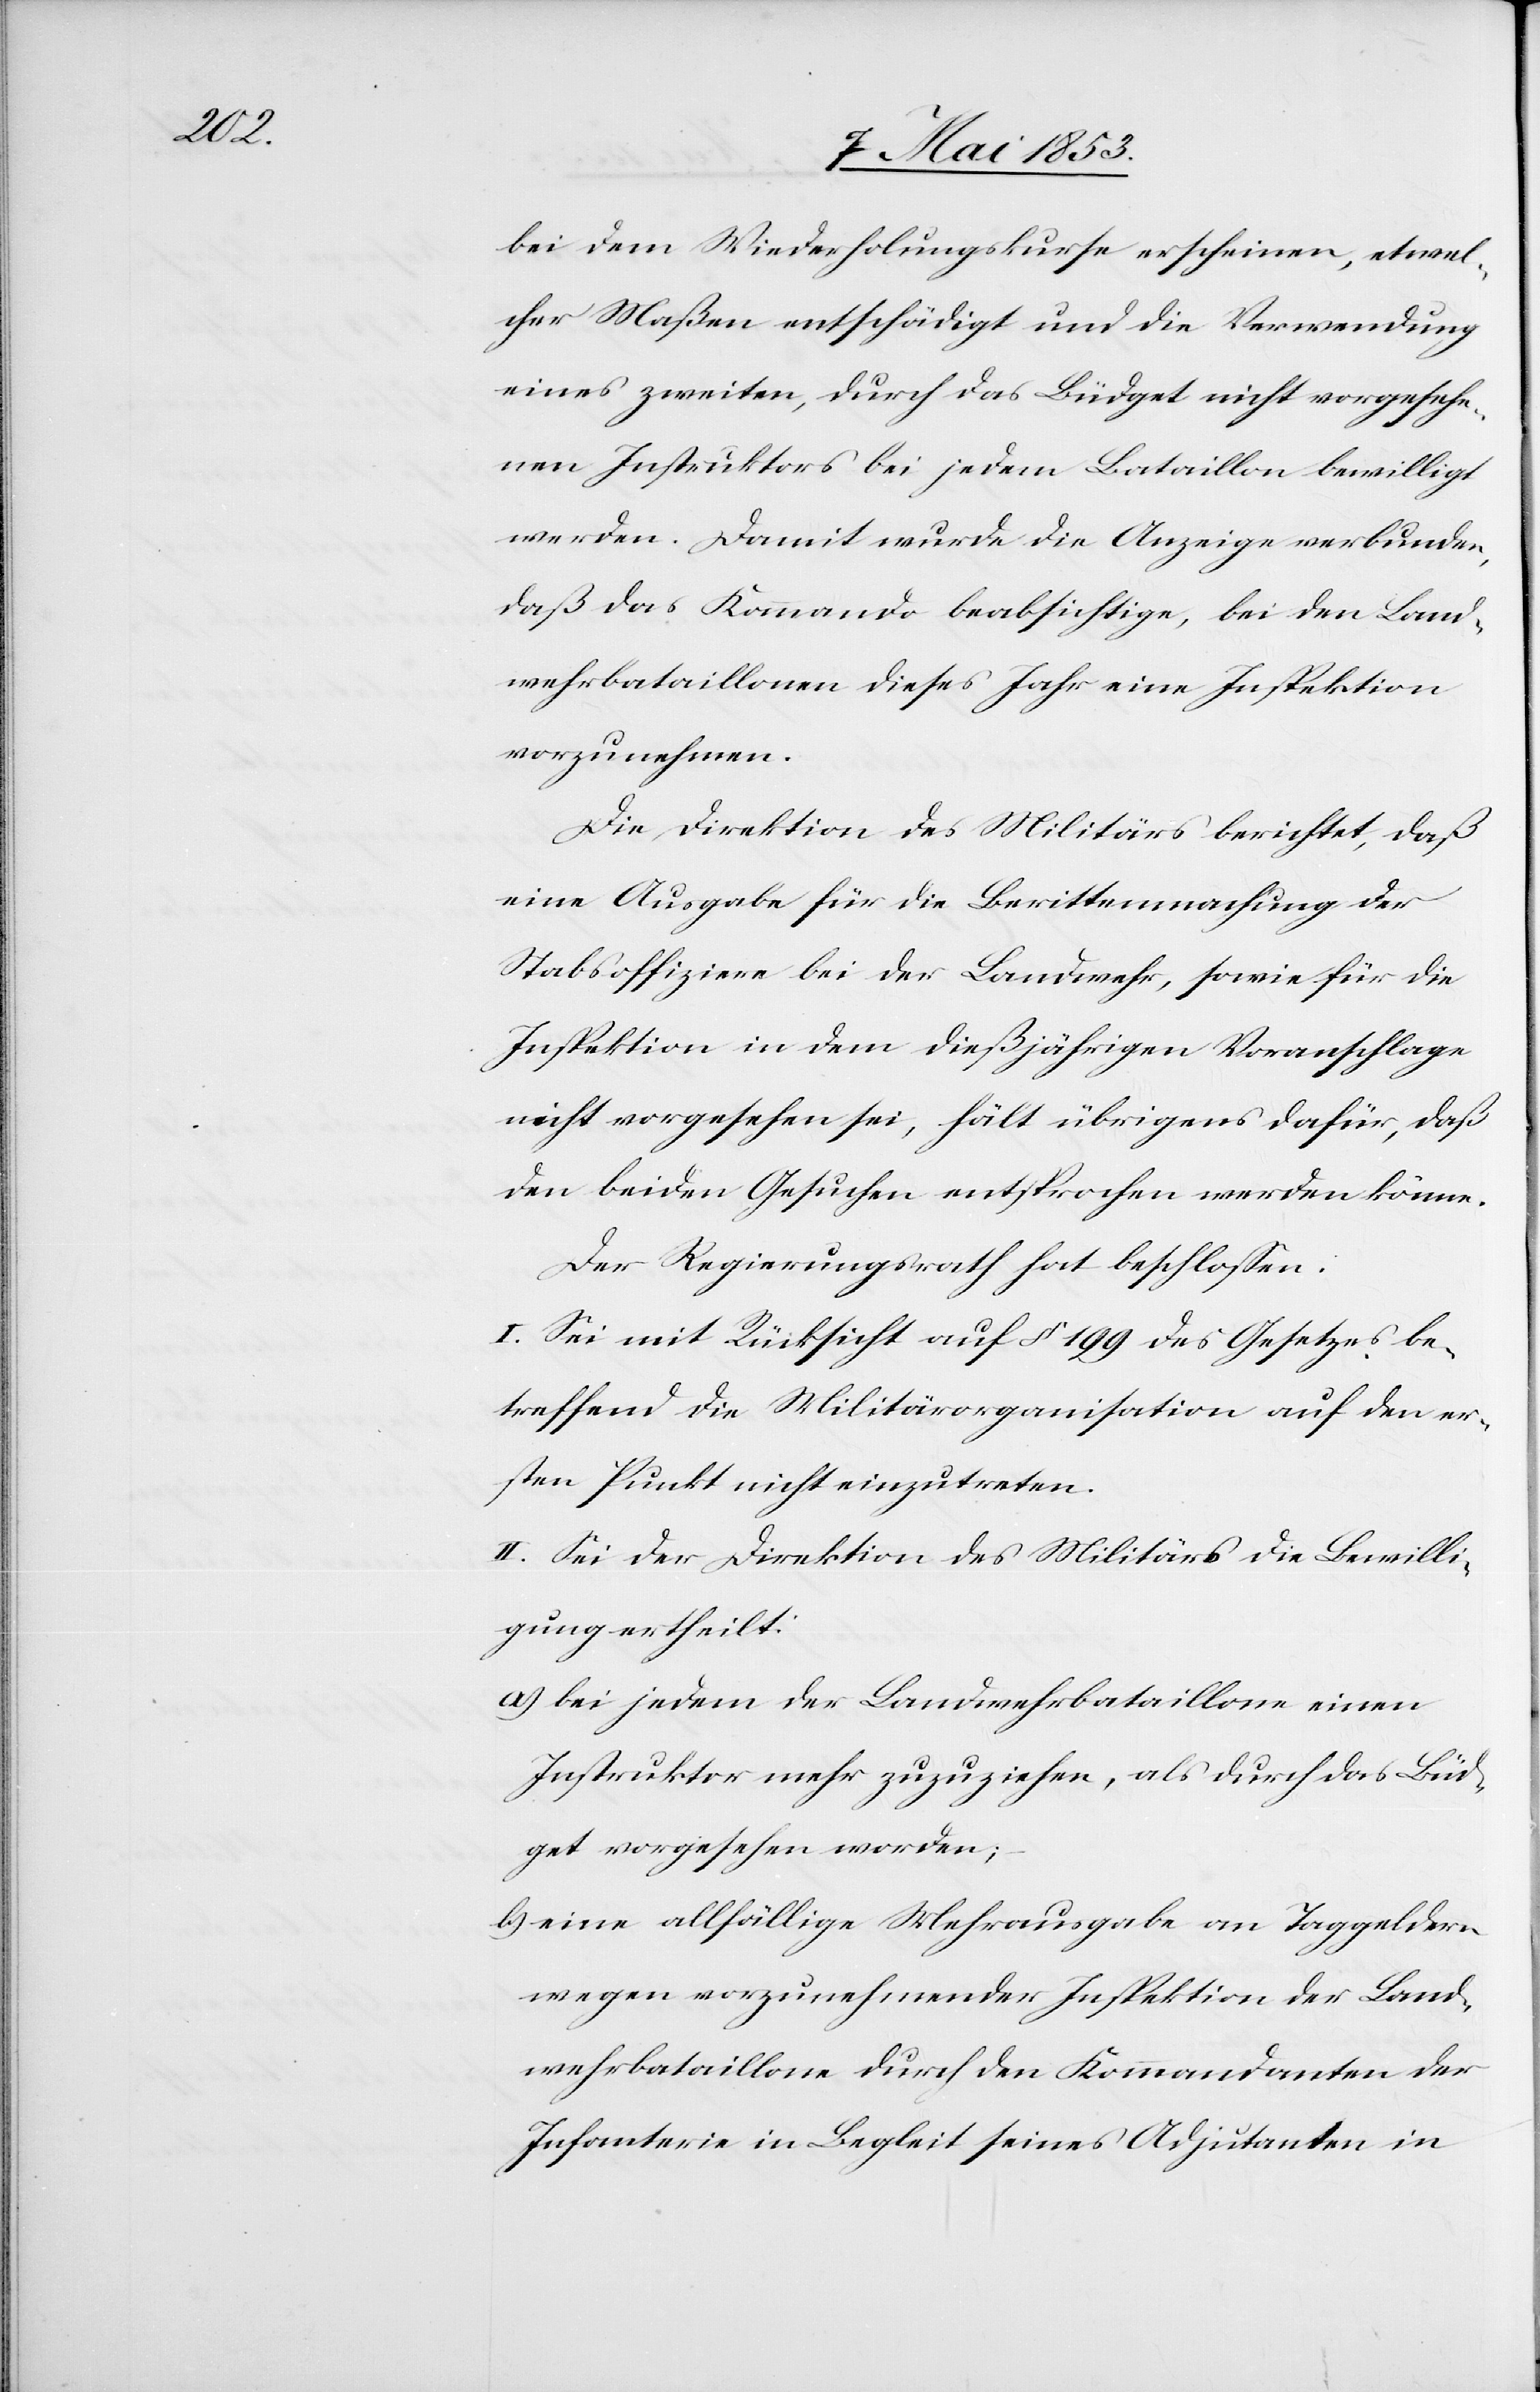
bei dem Wierholungskurse erscheinen, etwel¬
cher Maßen entschädigt und die Verwendung
eines zweiten, durch das Büdget nicht vorgesehe¬
nen Instruktors bei jedem Bataillon bewilligt
werden. Damit wurde die Anzeige verbunden,
daß das Kommando beabsichtige, bei den Land¬
wehrbataillonen dieses Jahr eine Inspektion
vorzunehmen.
Die Direktion des Militärs berichtet, daß
eine Ausgabe für die Berittenmachung der
Stabsoffiziere bei der Landwehr, sowie für die
Inspektion in dem dießjährigen Voranschlage
nicht vorgesehen sei, hält übrigens dafür, daß
den beiden Gesuchen entsprochen werden könne.
Der Regierungsrath hat beschloßen:
I. Sei mit Rücksicht auf § 199 des Gesetzes be¬
treffend die Militärorganisation auf den er¬
sten Punkt nicht einzutreten.
II. Sei der Direktion des Militärs die Bewilli¬
gung ertheilt:
a.) bei jedem der Landwehrbataillone einen
Instruktor mehr zuzuziehen, als durch das Büd¬
get vorgesehen worden;
b) eine allfällige Mehrausgabe an Taggeldern
wegen vorzunehmender Inspektion der Land¬
wehrbataillone durch den Kommandanten der
Infanterie in Begleit seines Adjutanten in